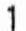
1